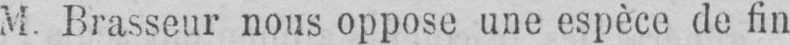
M. Brasseur nous oppose une espèce de fin